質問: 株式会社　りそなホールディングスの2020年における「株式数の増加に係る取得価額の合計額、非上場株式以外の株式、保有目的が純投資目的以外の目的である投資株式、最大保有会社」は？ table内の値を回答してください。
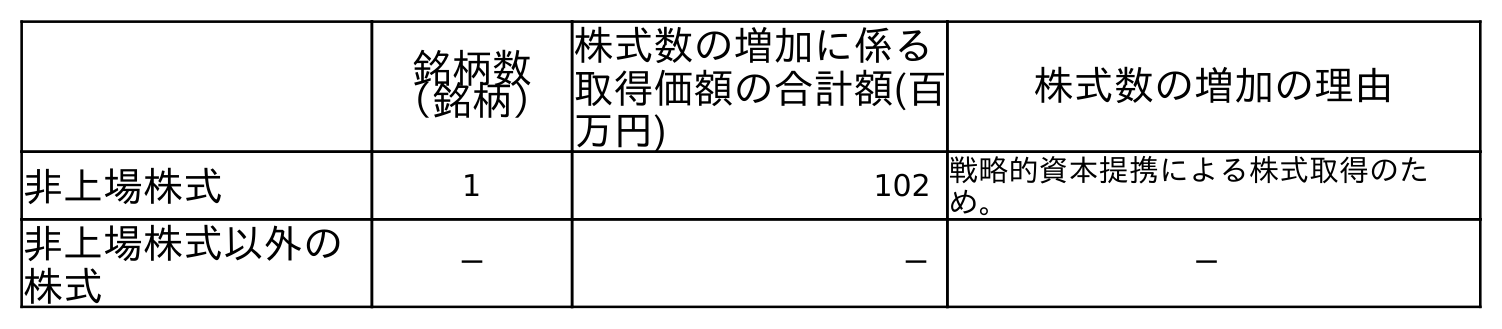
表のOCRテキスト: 銘柄数 （銘柄） 株式数の増加に係る 取得価額の合計額(百 万円) 株式数の増加の理由 非上場株式 1 102 戦略的資本提携による株式取得のた め。 非上場株式以外の 株式 － － －
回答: －